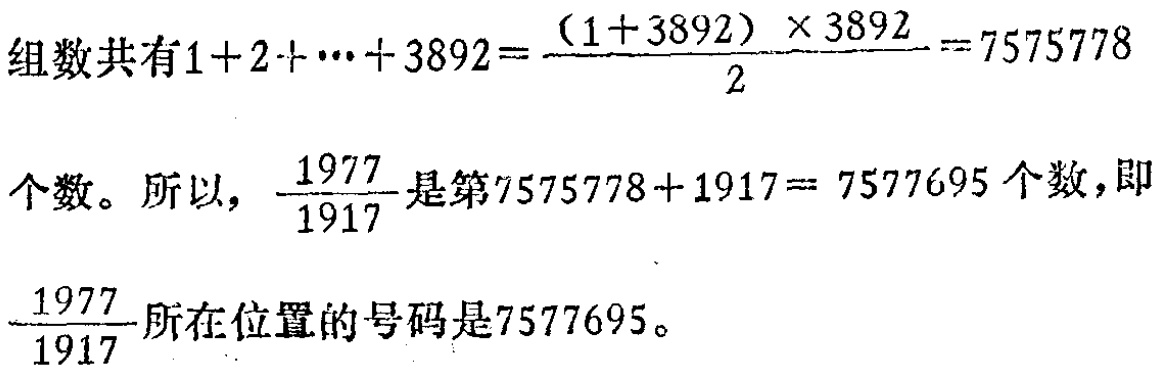
组数共有\(1 + 2 + \cdots + 3892 = \frac{(1 + 3892) \times 3892}{2} = 7575778\)

个数。所以，\(\frac{1977}{1917}\)是第\(7575778 + 1917 = 7577695\)个数，即

\(\frac{1977}{1917}\)所在位置的号码是\(7577695\)。